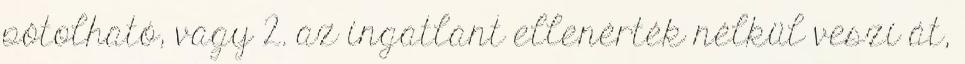
pótolható, vagy 2. az ingatlant ellenérték nélkül veszi át,